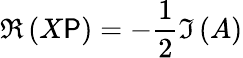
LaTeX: \Re\left(X\mathsf{P}\right)=-\frac{{1}}{{2}}\Im\left(A\right)